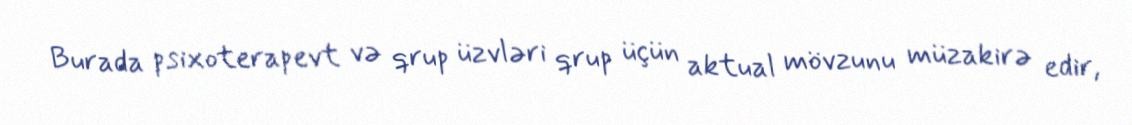
Burada psixoterapevt və qrup üzvləri qrup üçün aktual mövzunu müzakirə edir,